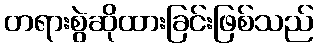
တရားစွဲဆိုထားခြင်းဖြစ်သည်